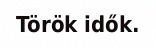
Török idők.